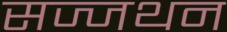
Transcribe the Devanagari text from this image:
सज्जथन